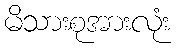
မိသားစုအားလုံး